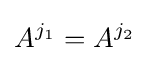
A^{j_{1}}=A^{j_{2}}